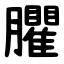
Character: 臞